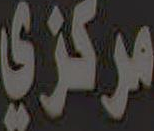
مركزي